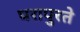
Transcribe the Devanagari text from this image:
घरापुरते